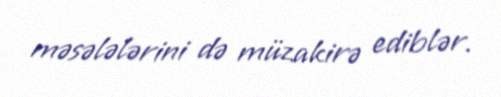
məsələlərini də müzakirə ediblər.